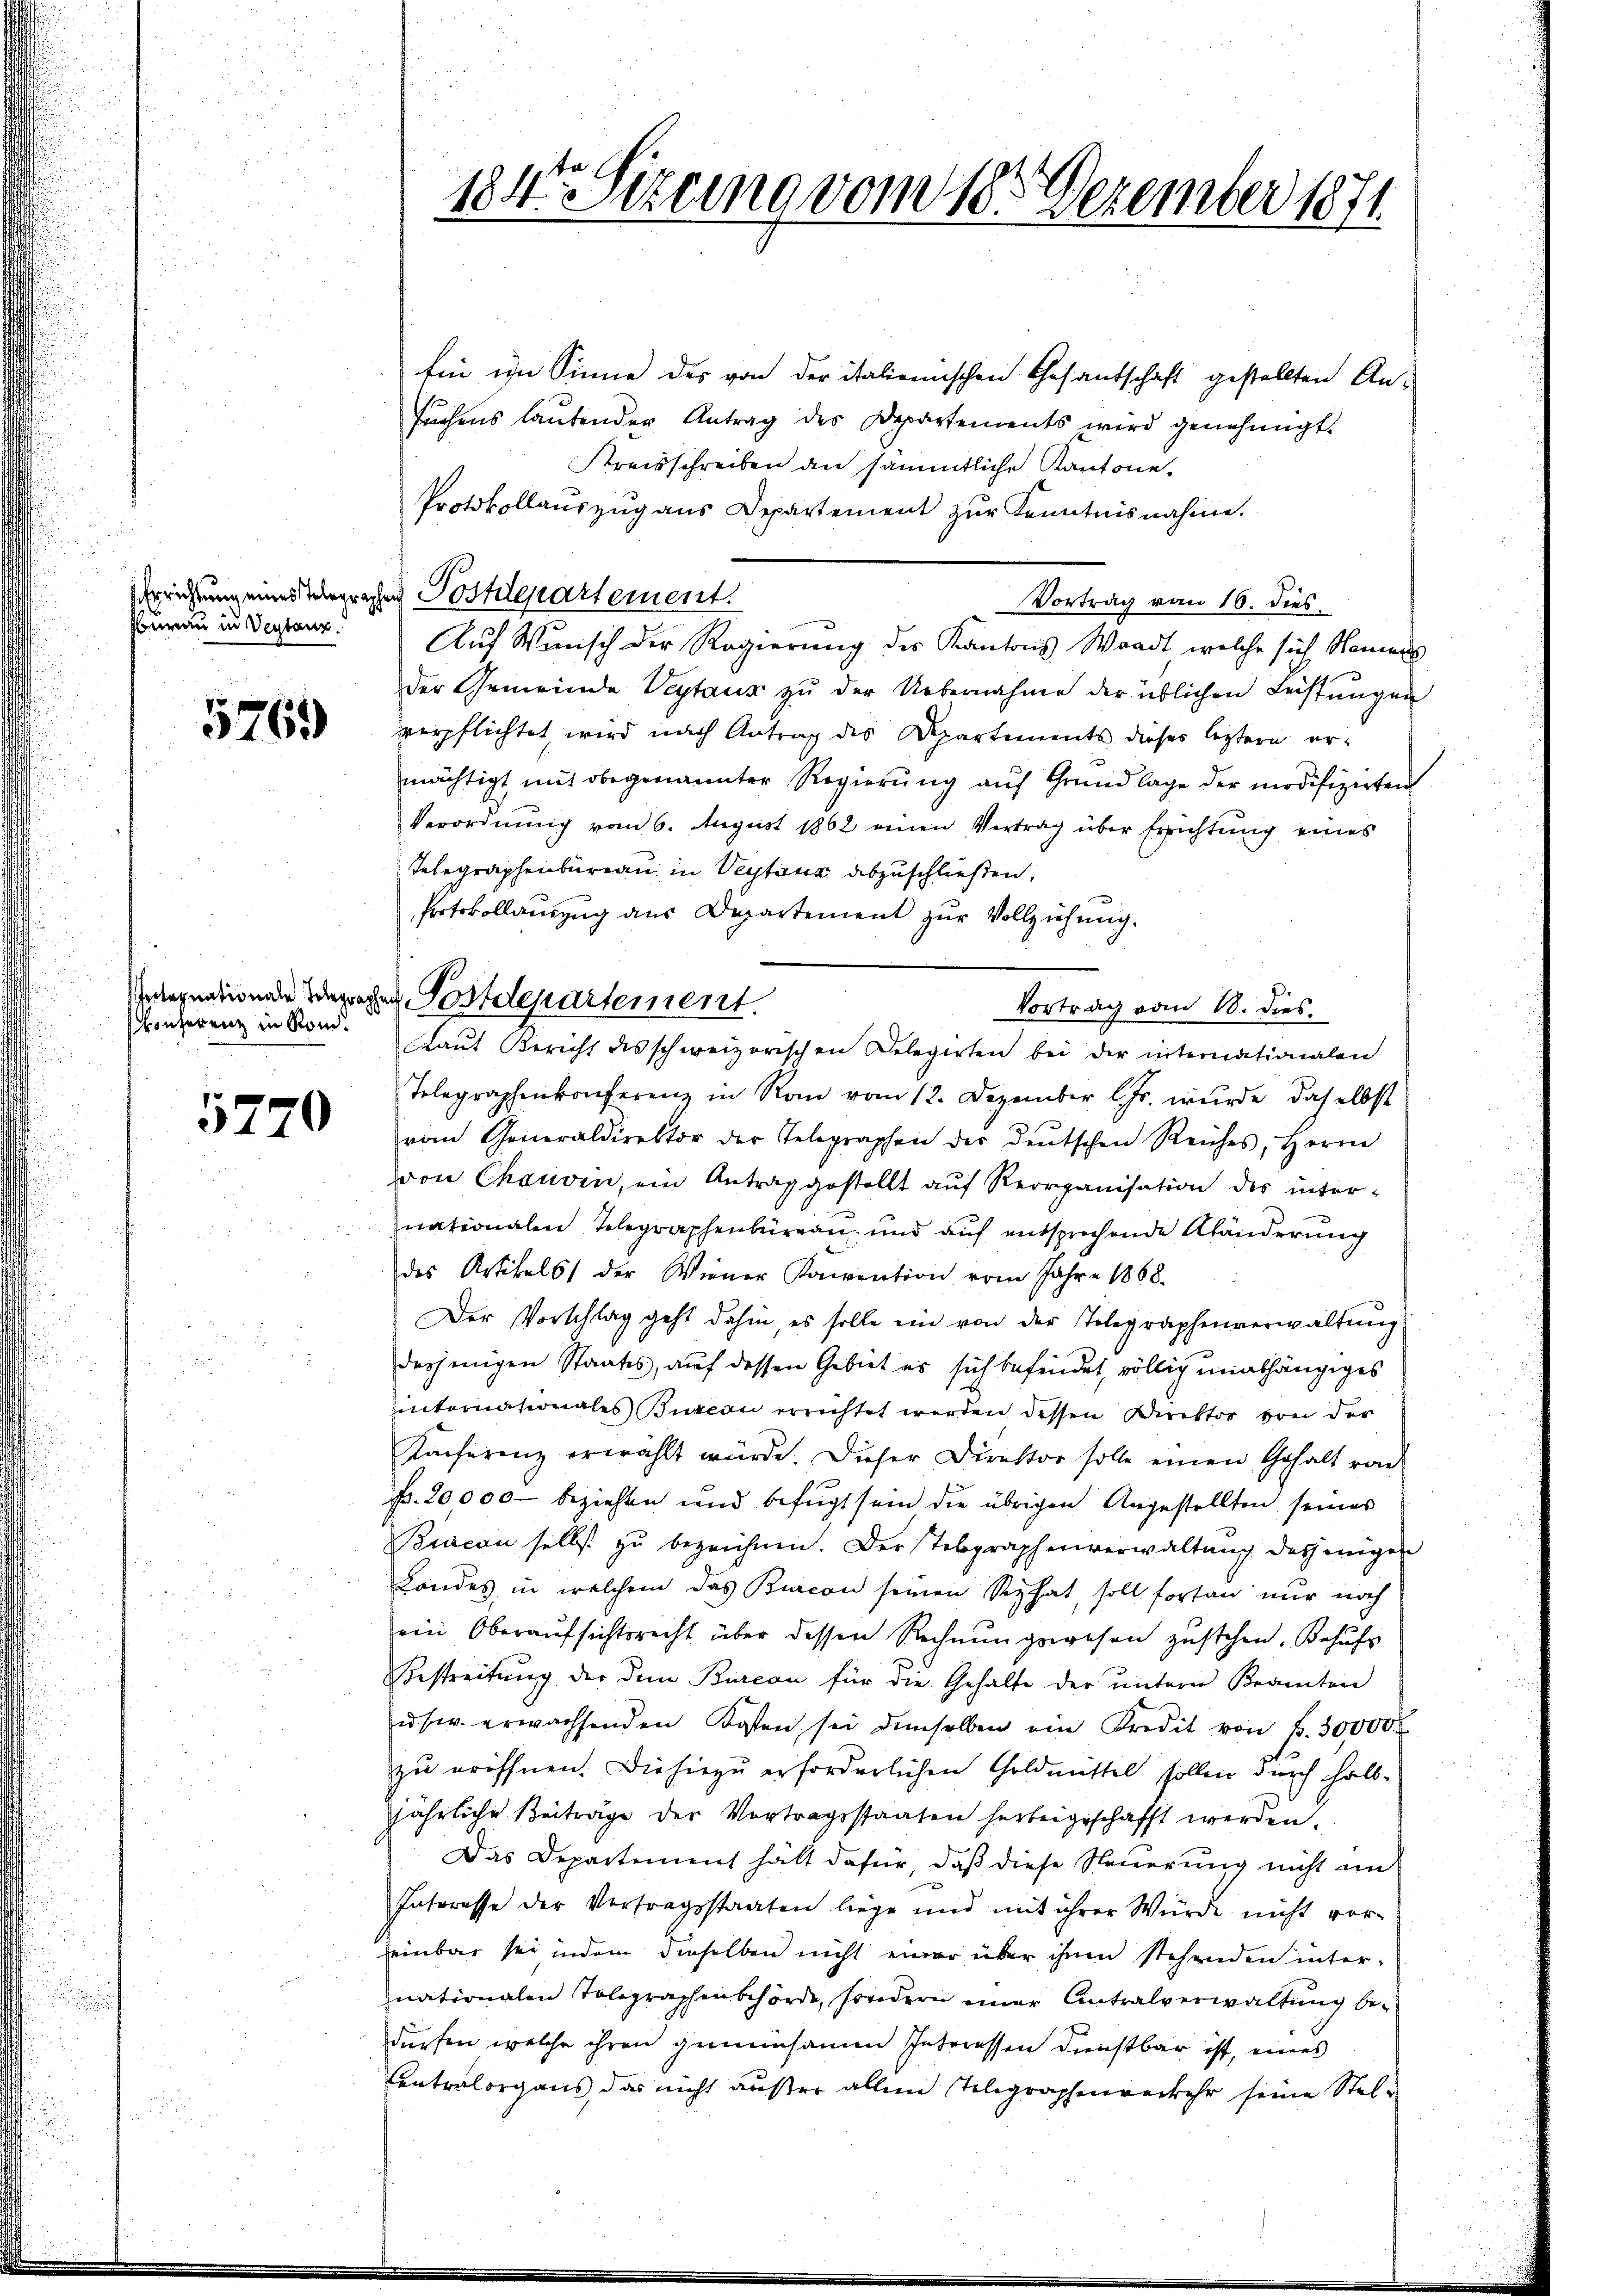
nwan in Verstanz.

5761)

konferenz in Rom.

5770

184te Sitzung vom 18. Dezember 1871

Ein im Sinne des von der italienischen Gesantschaft gestellten An-
suchens lautender Antrag des Departements wird genehmigt.
Kreisschreiben an sämmtliche Kantone,
Protokollauszug aus Departement zur Kenntnisnahme.
Vortrag von 16. dies
Auf Wunsch der Regierung des Kantons Waadt, welche sich Namens
der Gemeinde Veytaus zu der Uebernahme der üblichen Leistŭngen
verpflichtet, wird nach Antrag des Repartements dieser leztern ermächtigt mit obgenannter Regierŭng aŭf Grundlage der modifizirten
Verordnung vom 6. August 1862 einen Vertrag über Errichtung eines
Telegraphenbureau in Vertanz abzuschließen,
Protokollauszug aus Departement zur Vollziehung.
Vortrag vom 18. dies
Telegraphenkonferenz in Ran vom 12. Dezember l. Js. wurde daselbst
vom Generaldirektor der Telegraphen der deutschen Reiches, Herrn
von Chauvin, ein Antrag gestellt auf Reorganisation des inter-
nationalen Telegraphenbüreau und auf entsprechende Abänderung
des Artikels der Wiener Konvention vom Jahre 1868.
Der Vorschlag geht dahin es solle ein von der Telegraphenverwaltŭng
desjenigen Staates, auf dessen Gebiet es sich befindet, völlig unabhängiges
internationales Bureau errichtet werden dessen Direktor von der
Konferenz erwählt würde. Dieser Direktor solle einen Gehalt von
Fr. 20000 beziehten und befugt sein die übrigen Angestellten seines
Biacon selbst zŭ bezeichnen. Der Telegraphenverwaltung desjenigen
Landes in welchem das Biacon seinen Stephat, soll fortan nur noch
ein Oberaŭfsichtsrecht über dessen Rechnŭngswesen zustehen. Behufs
Bestreitung der dem Bureau für die Gehalte der ŭntern Beamten
usw. erwachsenden Kosten sei demselben ein Kredit von fr. 30000.
zu eröffnen. Die hiezu erforderlichen Goldmittel sollen durch halbjährliche Beiträge der Vortragsstaaten herbeigeschafft werden.
Das Departement hält dafür, daß diese Neuerung nicht im
Interesse der Vertragsstaaten liege und mit ihrer Würde nicht voreinbar sei indem dieselben nicht einer über ihnen stehenden internationalen Tolographenbehörde, sondern einer Antralverwaltung be-
dürfen, welche ihren gemeinsamen Interessen dunstbar ist, eines
Centralorgans, das nicht außer allein Telegraphenverkehr seine Stel¬

Errichtung eines Wegrechen Postdepartement.

seegnationen Wegger Postdepartement.
Laut Bericht des schweizerischen Delegirten bei der internationalen